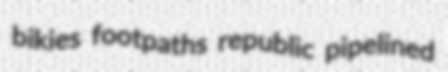
bikies footpaths republic pipelined